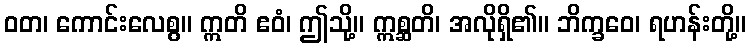
ဝတ၊ ကောင်းလေစွ။ ဣတိ ဧဝံ၊ ဤသို့။ ဣစ္ဆတိ၊ အလိုရှိ၏။ ဘိက္ခဝေ၊ ရဟန်းတို့။